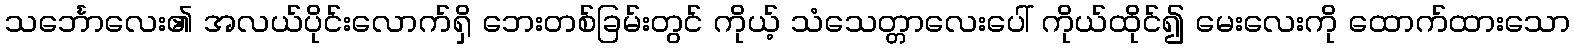
သင်္ဘောလေး၏ အလယ်ပိုင်းလောက်ရှိ ဘေးတစ်ခြမ်းတွင် ကိုယ့် သံသေတ္တာလေးပေါ် ကိုယ်ထိုင်၍ မေးလေးကို ထောက်ထားသော